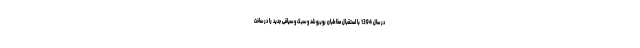
در سال 1394 با استقبال مخاطبان روبرو شد و سبک و سیاقی جدید را در ساخت